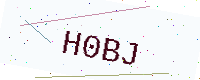
Text: H0BJ